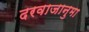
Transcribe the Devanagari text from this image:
दरवाजानुमा